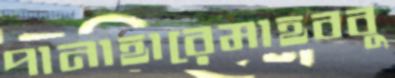
পানাহারেমাহববু